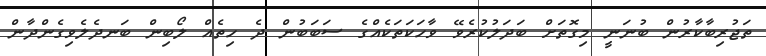
ތަޖުރިބާކާރުން ބުނަނީ މިގޮތަށް ބަދަލުކުރެވޭ ވާހަކަތަކެއްގެ ސަބަބުން ދެ ހިތެއް ލޯބިން ބަނދެލެވިގެންދާން